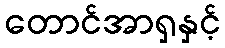
တောင်အာရှနှင့်